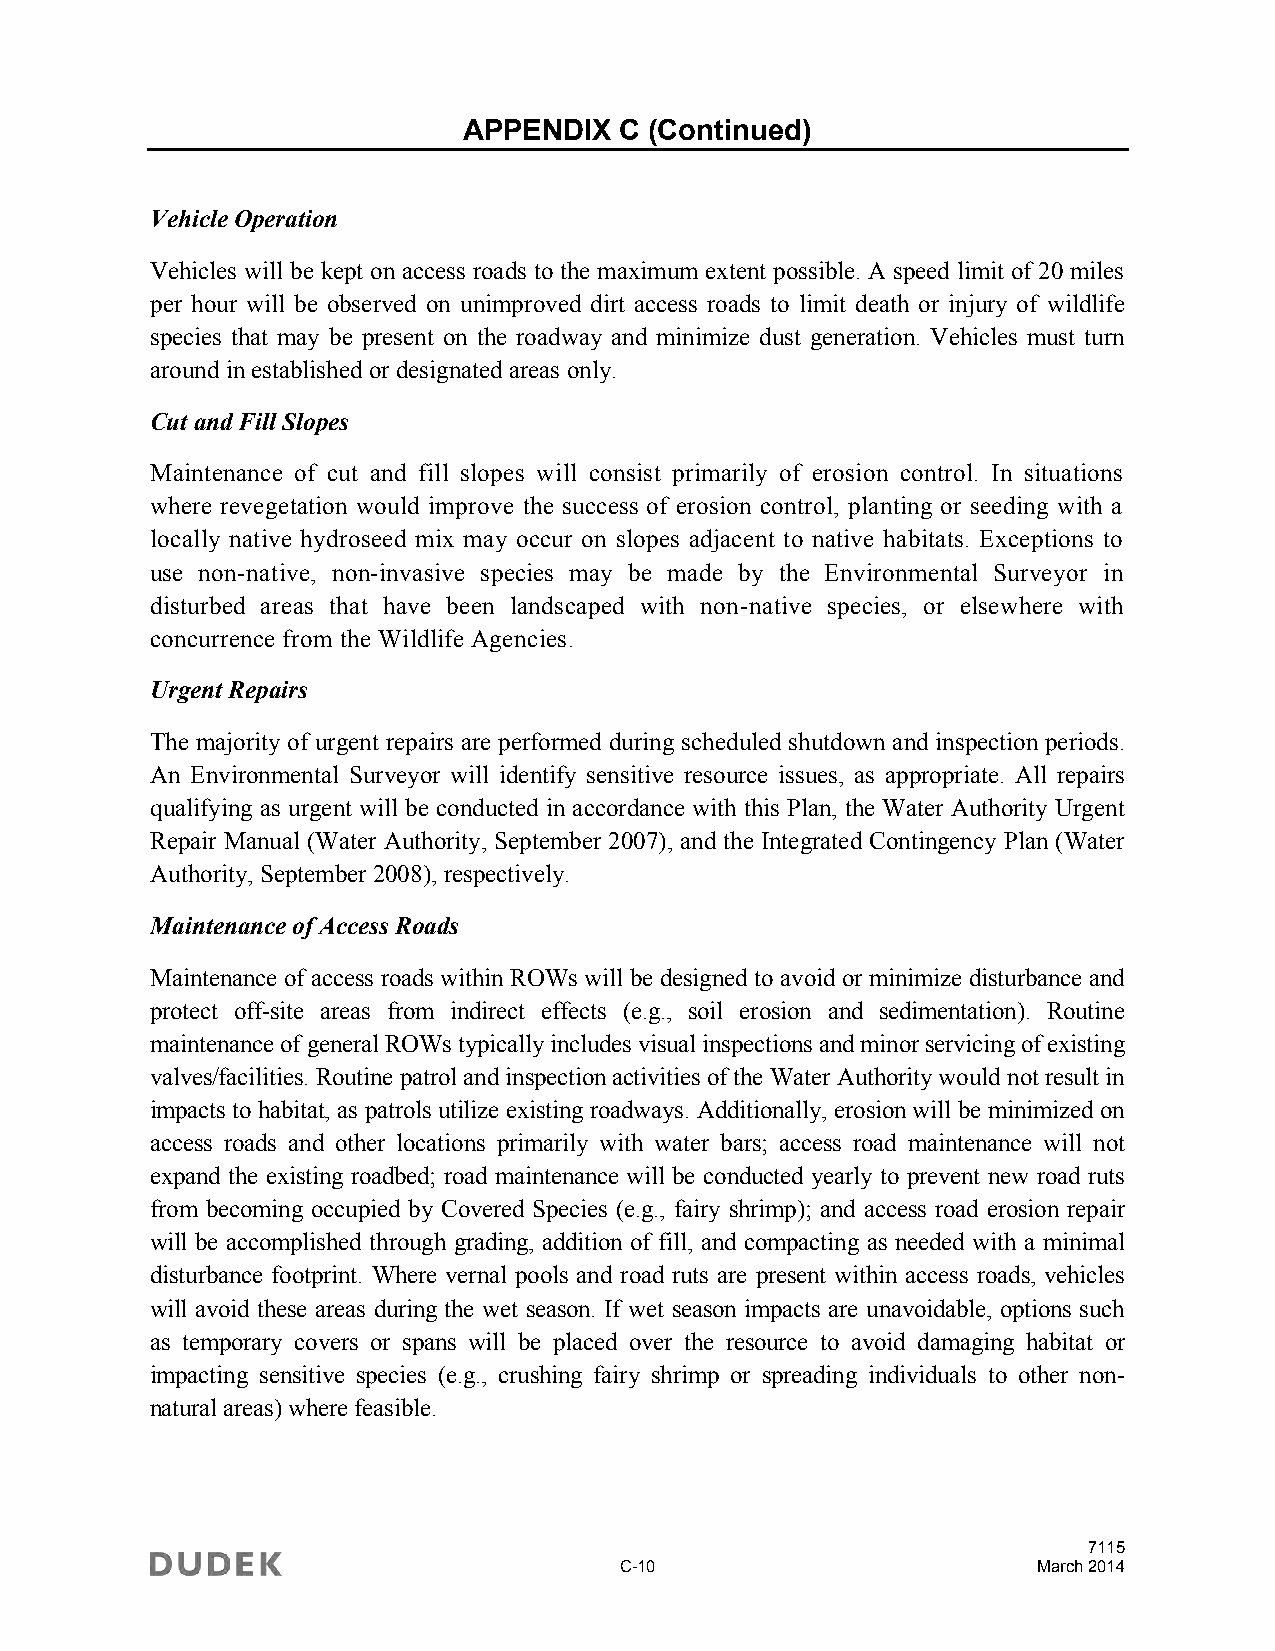
APPENDIX  C (Continued)
 Vehicle Operation
 Vehicles will be kept on access roads to the maximum extent possible. A speed limit of 20 miles
 per hour will be observed on unimproved dirt access roads to limit death or injury of wildlife
 species that may be present on the roadway and minimize dust generation. Vehicles must turn
 around in established or designated areas only.
 Cut and Fill Slopes
 Maintenance of cut and fill slopes will consist primarily of erosion control. In situations
 where revegetation would improve the success of erosion control, planting or seeding with a
 locally native hydroseed mix may occur on slopes adjacent to native habitats. Exceptions to
 use non-native, non-invasive species may be made by the Environmental Surveyor in
 disturbed areas that have been landscaped with non-native species, or elsewhere with
 concurrence from the Wildlife Agencies.
 Urgent Repairs
 The majority of urgent repairs are performed during scheduled shutdown and inspection periods.
 An Environmental Surveyor will identify sensitive resource issues, as appropriate. All repairs
 qualifying as urgent will be conducted in accordance with this Plan, the Water Authority Urgent
 Repair Manual (Water Authority, September 2007), and the Integrated Contingency Plan (Water
 Authority, September 2008), respectively.
 Maintenance of Access Roads
 Maintenance of access roads within ROWs will be designed to avoid or minimize disturbance and
 protect off-site areas from indirect effects (e.g., soil erosion and sedimentation). Routine
 maintenance of general ROWs typically includes visual inspections and minor servicing of existing
 valves/facilities. Routine patrol and inspection activities of the Water Authority would not result in
 impacts to habitat, as patrols utilize existing roadways. Additionally, erosion will be minimized on
 access roads and other locations primarily with water bars; access road maintenance will not
 expand the existing roadbed; road maintenance will be conducted yearly to prevent new road ruts
 from becoming occupied by Covered Species (e.g., fairy shrimp); and access road erosion repair
 will be accomplished through grading, addition of fill, and compacting as needed with a minimal
 disturbance footprint. Where vernal pools and road ruts are present within access roads, vehicles
 will avoid these areas during the wet season. If wet season impacts are unavoidable, options such
 as temporary covers or spans will be placed over the resource to avoid damaging habitat or
 impacting sensitive species (e.g., crushing fairy shrimp or spreading individuals to other non-
 natural areas) where feasible.
 7115
 C-10                        March 2014